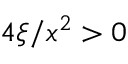
4 \xi / x ^ { 2 } > 0